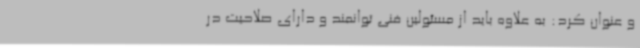
و عنوان کرد: به علاوه باید از مسئولین فنی توانمند و دارای صلاحیت در